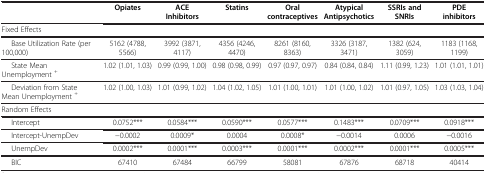
<table><thead><tr><td><b> </b></td><td><b>Opiates</b></td><td><b>ACE Inhibitors</b></td><td><b>Statins</b></td><td><b>Oral contraceptives</b></td><td><b>Atypical Antipsychotics</b></td><td><b>SSRIs and SNRIs</b></td><td><b>PDE inhibitors</b></td></tr></thead><tbody><tr><td colspan="8">Fixed Effects</td></tr><tr><td>Base Utilization Rate (per 100,000)</td><td>5162 (4788, 5566)</td><td>3992 (3871, 4117)</td><td>4356 (4246, 4470)</td><td>8261 (8160, 8363)</td><td>3326 (3187, 3471)</td><td>1382 (624, 3059)</td><td>1183 (1168, 1199)</td></tr><tr><td>State Mean Unemployment <sup>+</sup></td><td>1.02 (1.01, 1.03)</td><td>0.99 (0.99, 1.00)</td><td>0.98 (0.98, 0.99)</td><td>0.97 (0.97, 0.97)</td><td>0.84 (0.84, 0.84)</td><td>1.11 (0.99, 1.23)</td><td>1.01 (1.01, 1.01)</td></tr><tr><td>Deviation from State Mean Unemployment <sup>+</sup></td><td>1.02 (1.00, 1.03)</td><td>1.01 (0.99, 1.02)</td><td>1.04 (1.02, 1.05)</td><td>1.01 (1.00, 1.01)</td><td>1.01 (1.00, 1.02)</td><td>1.01 (0.97, 1.05)</td><td>1.03 (1.03, 1.04)</td></tr><tr><td colspan="8">Random Effects</td></tr><tr><td>Intercept</td><td>0.0752***</td><td>0.0584***</td><td>0.0590***</td><td>0.0577***</td><td>0.1483***</td><td>0.0709***</td><td>0.0918***</td></tr><tr><td>Intercept-UnempDev</td><td>−0.0002</td><td>0.0009*</td><td>0.0004</td><td>0.0008*</td><td>−0.0014</td><td>0.0006</td><td>−0.0016</td></tr><tr><td>UnempDev</td><td>0.0002***</td><td>0.0001***</td><td>0.0003***</td><td>0.0001***</td><td>0.0002***</td><td>0.0001***</td><td>0.0005***</td></tr><tr><td>BIC</td><td>67410</td><td>67484</td><td>66799</td><td>58081</td><td>67876</td><td>68718</td><td>40414</td></tr></tbody></table>